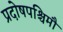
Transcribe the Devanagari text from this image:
प्रदोषपश्चिमौ